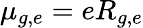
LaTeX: \mu_{g,e}=eR_{g,e}